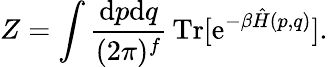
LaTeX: Z=\int\frac{\mathrm{d}p\mathrm{d}q}{(2\pi)^{f}}\, \mathrm{Tr}[\mathrm{e}^{-\beta\hat{H}(p,q)}].